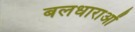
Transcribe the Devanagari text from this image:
बलधाराओं